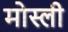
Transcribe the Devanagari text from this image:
मोस्ली